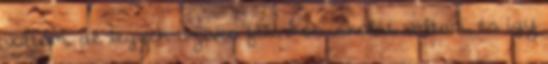
voltam, de legyek szíves félévkor iskolát váltani, és így